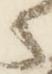
之